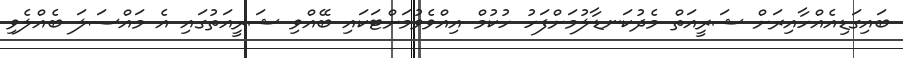
ބައިގަޑިއެއްހާއިރަށް ޝަރީއަތް މެދުކަނޑާލުމަށްފަހު ހުކުމް އިއްވެވުމަށްޓަކައި ބޭއްވި ޝަރީއަތުގައި އެ މައްސަލަ ބެއްލެވި